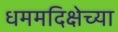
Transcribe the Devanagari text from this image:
धममदिक्षेच्या